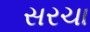
સરચા